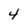
Character: 4